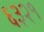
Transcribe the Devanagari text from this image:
६३२१